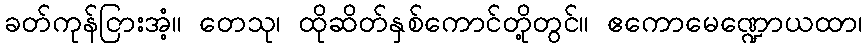
ခတ်ကုန်ငြားအံ့။ တေသု၊ ထိုဆိတ်နှစ်ကောင်တို့တွင်။ ဧကောမေဏ္ဍောယထာ၊